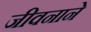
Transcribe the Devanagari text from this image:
जीवनाने